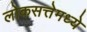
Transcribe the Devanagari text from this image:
लोकसत्तेमध्ये